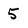
Character: 5